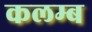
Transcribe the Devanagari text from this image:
कलम्ब